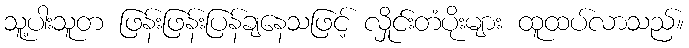
သူ့ပါးသူတ ဖြန်းဖြန်းပြန်ချနေသဖြင့် လှိုင်းတံပိုးများ ထူထပ်လာသည်။